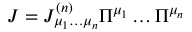
{ \cal J } = { \cal J } _ { \mu _ { 1 } \dots \mu _ { n } } ^ { ( n ) } \Pi ^ { \mu _ { 1 } } \dots \Pi ^ { \mu _ { n } }